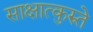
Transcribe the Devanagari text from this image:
साक्षात्कुरुते